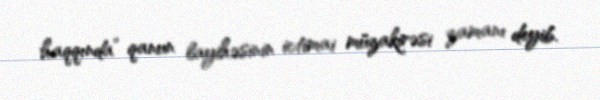
haqqında” qanun layihəsinin ictimai müzakirəsi zamanı deyib.